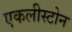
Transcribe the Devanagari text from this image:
एकलीस्टोन